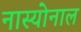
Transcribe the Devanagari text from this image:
नास्योनाल